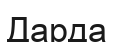
Дарда